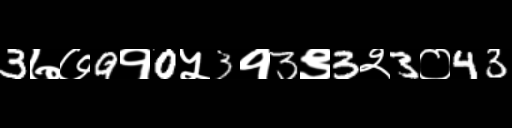
Text: 3७७9१0५3१3९3२3०43